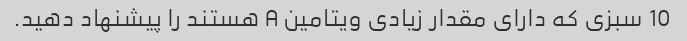
10 سبزی که دارای مقدار زیادی ویتامین A هستند را پیشنهاد دهید.